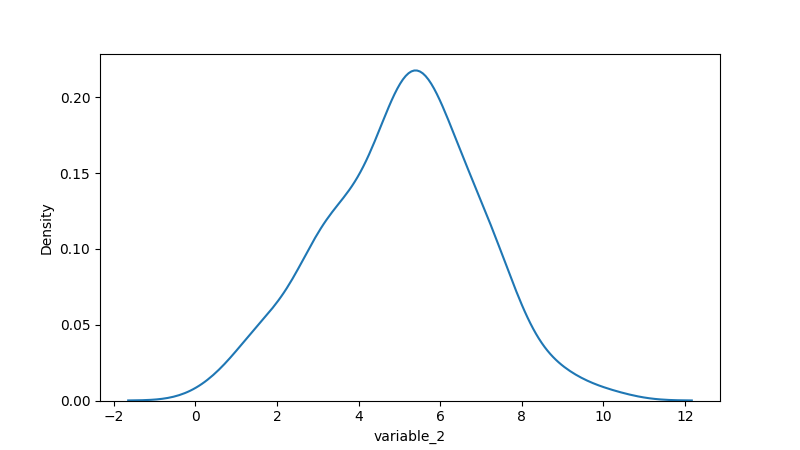
python, seaborn, kdeplot, hue='None', fill=False, bw_adjust=1.0